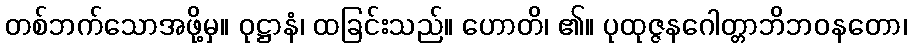
တစ်ဘက်သောအဖို့မှ။ ဝုဋ္ဌာနံ၊ ထခြင်းသည်။ ဟောတိ၊ ၏။ ပုထုဇ္ဇနဂေါတ္တာဘိဘဝနတော၊